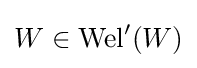
W\in \operatorname {Wel} '(W)